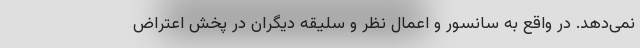
نمی‌دهد. در واقع به سانسور و اعمال نظر و سلیقه دیگران در پخش اعتراض